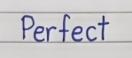
Perfect